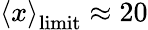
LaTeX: \left\langle x\right\rangle_{\mathrm{limit}}\approx 20